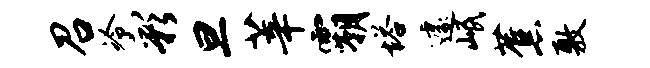
召冷彩旦莘霸塔遽岷蕉敷